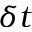
\delta t